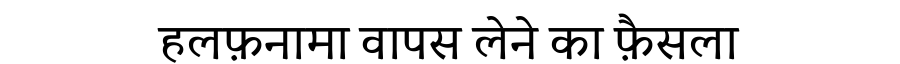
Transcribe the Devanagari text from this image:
हलफ़नामा वापस लेने का फ़ैसला